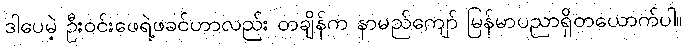
ဒါပေမဲ့ ဦးဝင်းဖေရဲ့ဖခင်ဟာလည်း တချိန်က နာမည်ကျော် မြန်မာပညာရှိတယောက်ပါ။